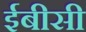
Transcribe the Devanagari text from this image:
ईबीसी